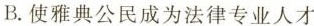
B.使雅典公民成为法律专业人才